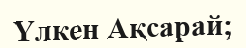
Үлкен Ақсарай;